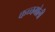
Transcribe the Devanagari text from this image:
कच्चमोली